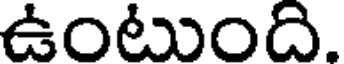
ఉంటుంది.